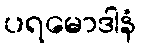
ပရမောဒါနံ